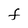
Character: F